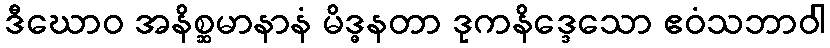
ဒီဃောဝ အနိစ္ဆမာနာနံ မိဒ္ဓနတာ ဒုကနိဒ္ဒေသော ဧဝံသဘာဝါ